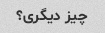
چیز دیگری؟